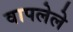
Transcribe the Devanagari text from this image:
वापलेले